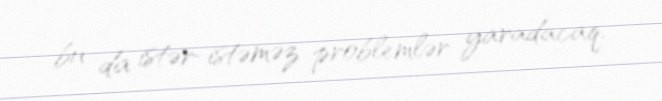
bu da istər-istəməz problemlər yaradacaq.